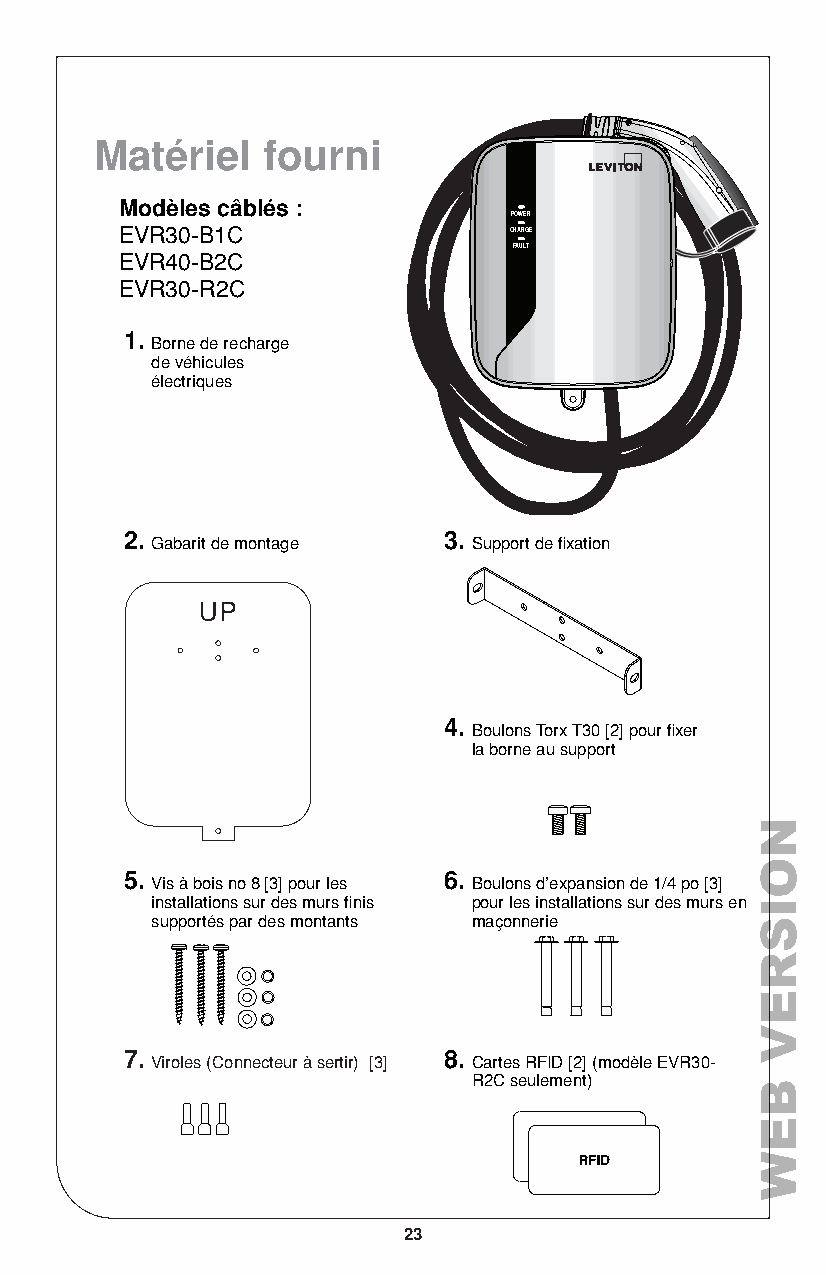
Matériel   fourni
 Modèles câblés :
 POWER
 EVR30-B1C                 CHARGE
 FAULT
 EVR40-B2C
 EVR30-R2C
 1.
 Borne de recharge
 de véhicules
 électriques
 2.                   3.
 Gabarit de montage   Support de fixation
 4.
 Boulons Torx T30 [2] pour fixer
 la borne au support
 5.                   6.
 Vis à bois no 8 [3] pour les Boulons d’expansion de 1/4 po [3]
 installations sur des murs finis pour les installations sur des murs en
 supportés par des montants maçonnerie
 7.                   8.
 Viroles (Connecteur à sertir) [3] Cartes RFID [2] (modèle EVR30-
 R2C seulement)
 23
 NOISREV
 BEW